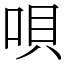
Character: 唄